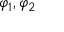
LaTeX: \varphi _ { 1 } , \varphi _ { 2 }